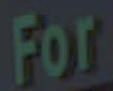
For